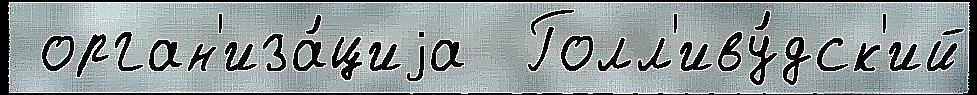
 орган'иза́циjа  Голл'иву́дск'ий